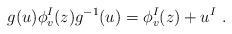
LaTeX: \begin{align*}g(u) \phi^I_v (z) g^{-1} (u) =\phi^I_v (z) + u^I ~.\end{align*}